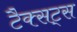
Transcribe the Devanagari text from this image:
टैक्सट्स